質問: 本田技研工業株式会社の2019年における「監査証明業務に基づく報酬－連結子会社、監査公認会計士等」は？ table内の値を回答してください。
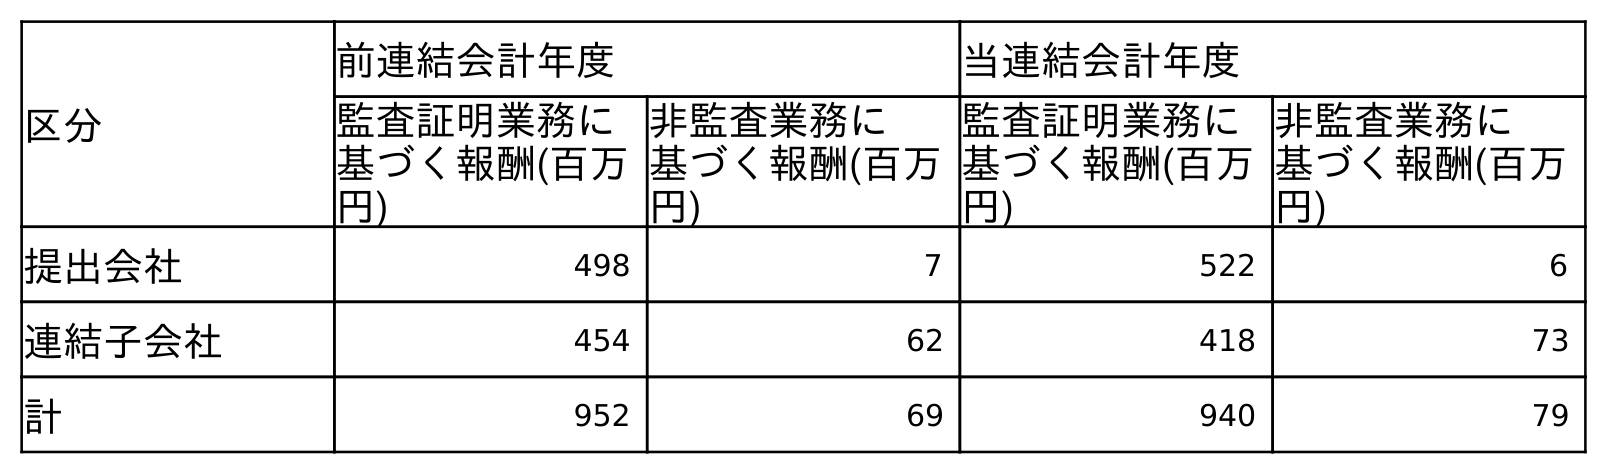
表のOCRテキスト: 区分 前連結会計年度 当連結会計年度 監査証明業務に 基づく報酬(百万 円) 非監査業務に 基づく報酬(百万 円) 監査証明業務に 基づく報酬(百万 円) 非監査業務に 基づく報酬(百万 円) 提出会社 498 7 522 6 連結子会社 454 62 418 73 計 952 69 940 79
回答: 454